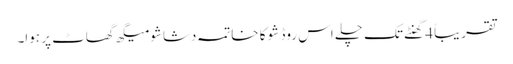
تقریباً 4 گھنٹے تک چلے اس روڈ شو کا خاتمہ دشاشو میگھ گھاٹ پر ہوا۔